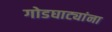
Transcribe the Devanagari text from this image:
गोडघाट्यांना